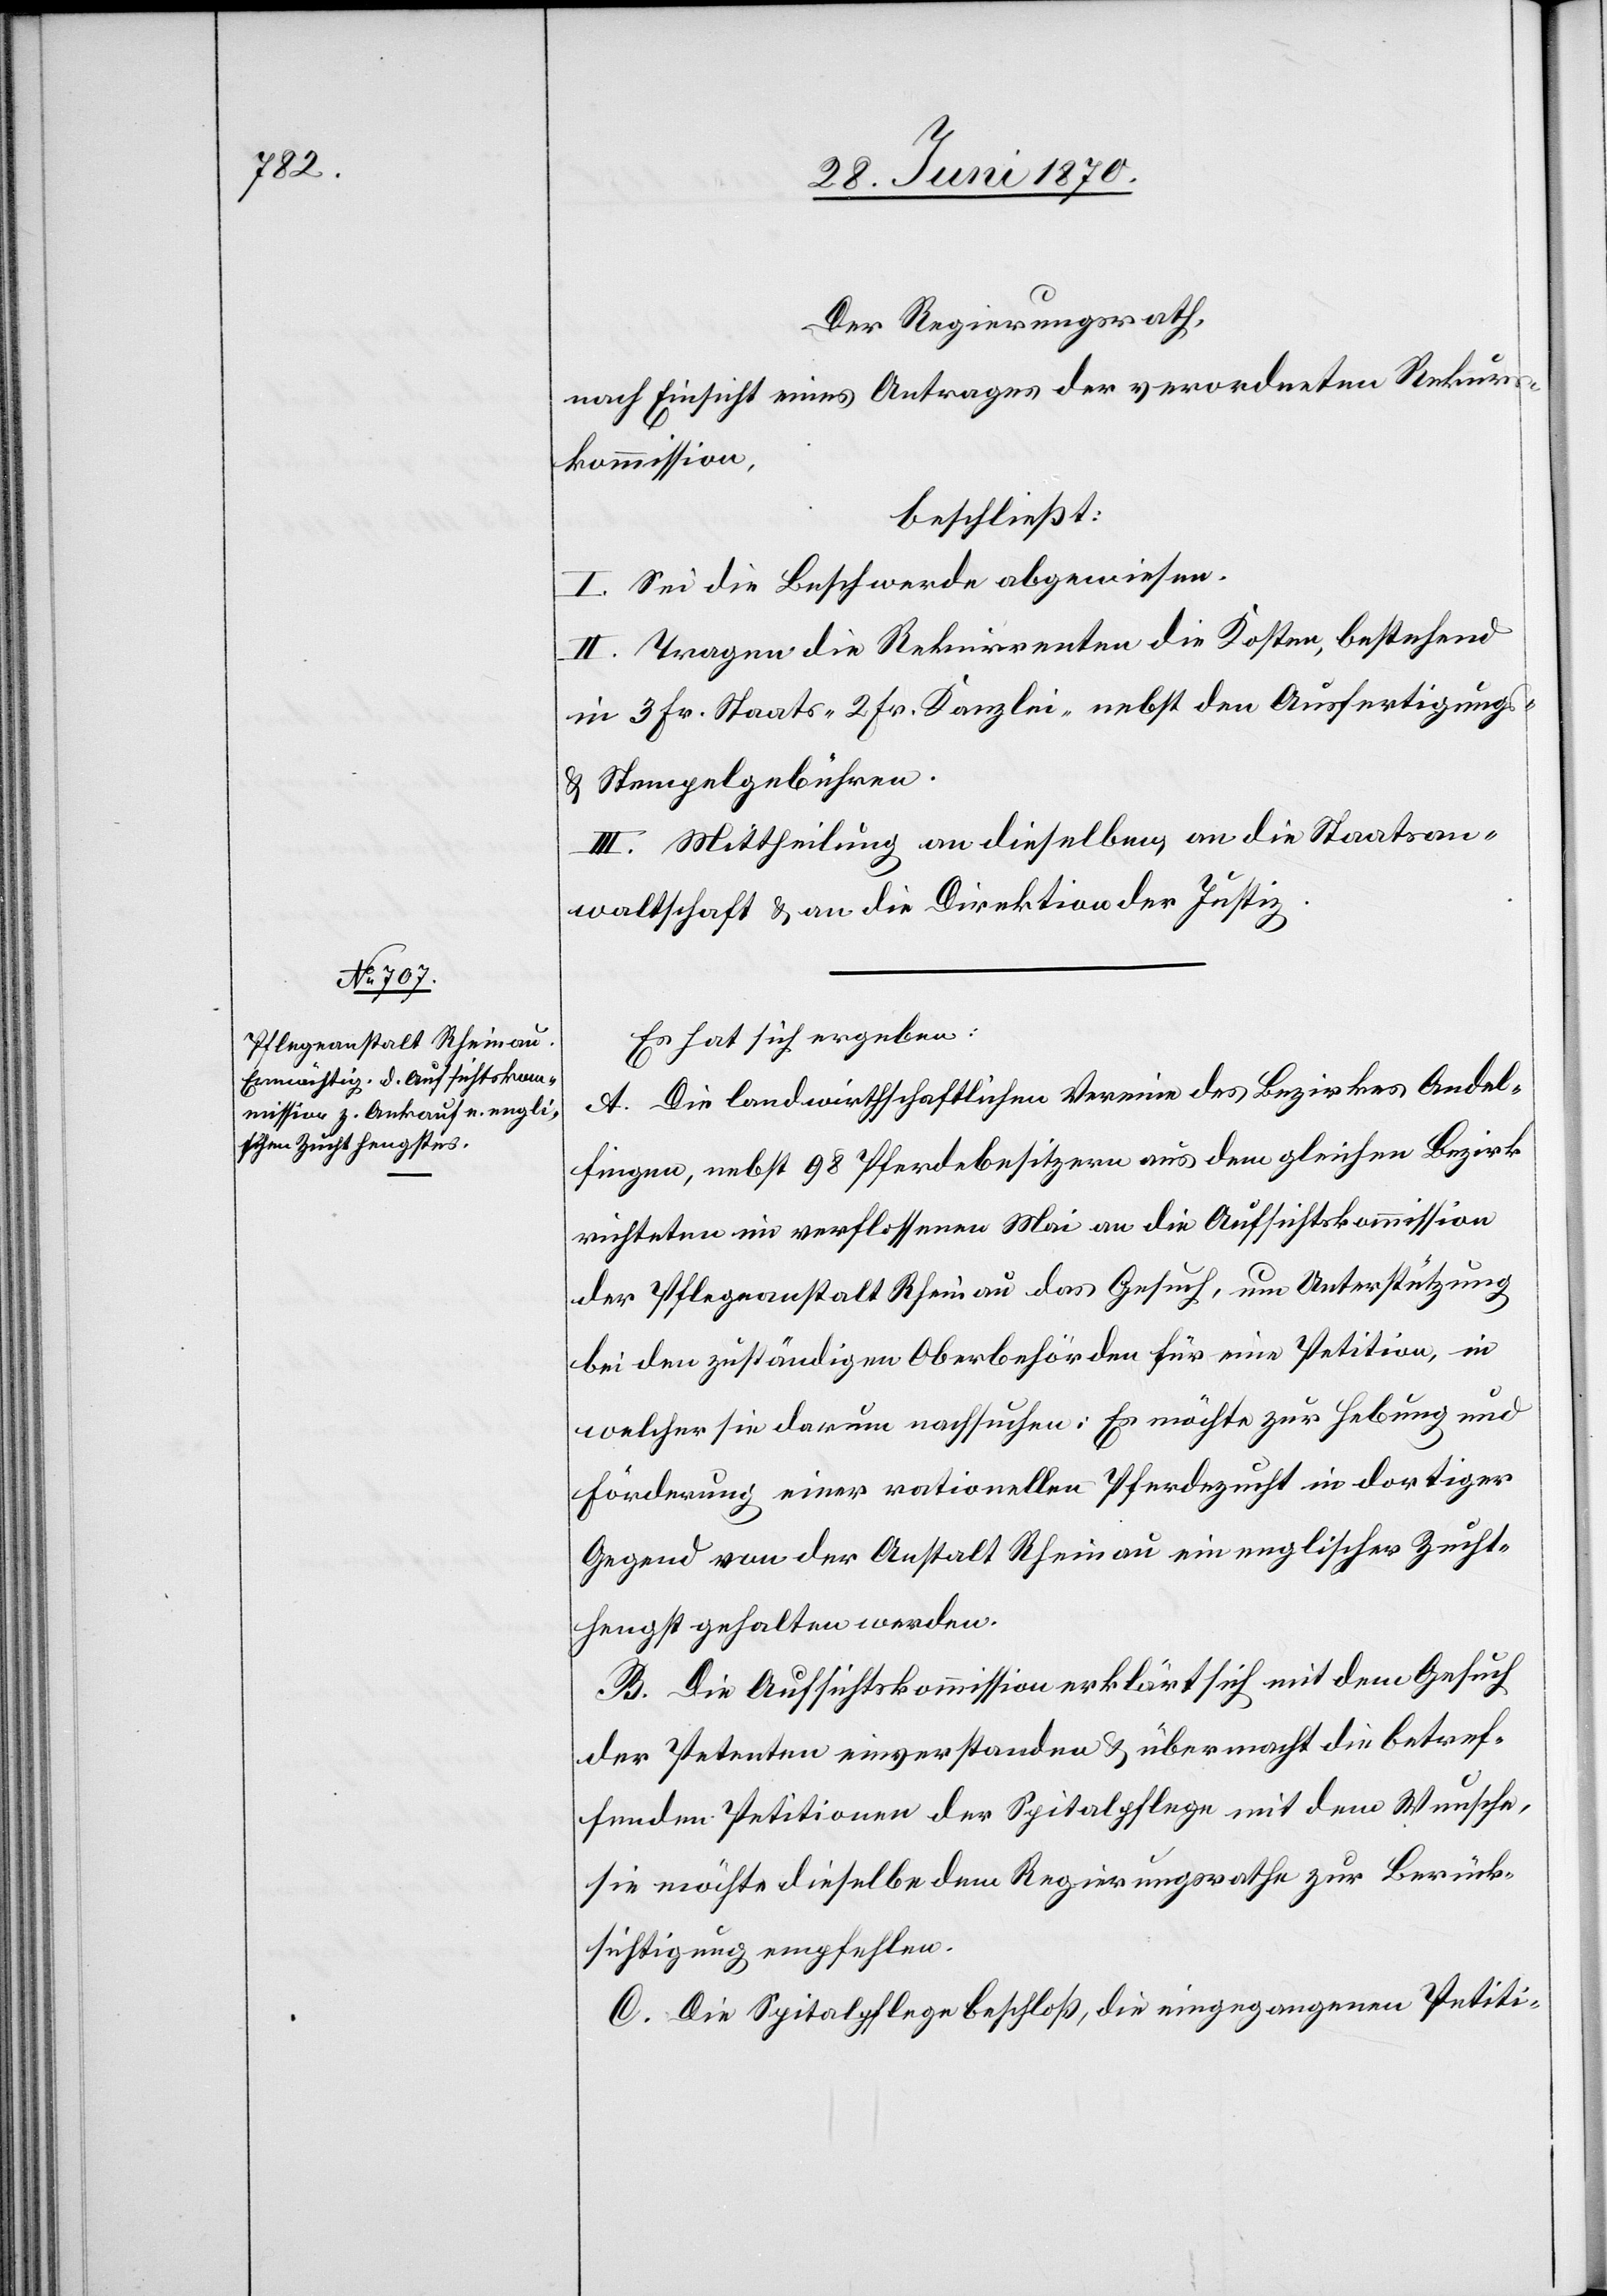
Der Regierungsrath,
nach Einsicht eines Antrages der verordneten Rekurs¬
kommission,
beschließt:
I. Sei die Beschwerde abgewiesen.
II. Tragen die Rekurrenten die Kosten, bestehend
in 3 Fr. Staats-[,] 2 Fr. Kanzlei- nebst den Ausfertigungs-
& Stempelgebühren.
III. Mittheilung an dieselben, an die Staatsan¬
waltschaft & an die Direktion der Justiz.
Es hat sich ergeben:
A. Die landwirthschaftlichen Vereine des Bezirkes Andel¬
fingen, nebst 98 Pferdebesitzern aus dem gleichen Bezirk
richteten im verflossenen Mai an die Aufsichtskommission
der Pflegeanstalt Rheinau das Gesuch, um Unterstützung
bei den zuständigen Oberbehörden für eine Petition, in
welcher sie darum nachsuchen: Es möchte zur Hebung und
Förderung einer rationellen Pferdezucht in dortiger
Gegend von der Anstalt Rheinau ein englischer Zucht¬
hengst gehalten werden.
B. Die Aufsichtskommission erklärt sich mit dem Gesuch
der Petenten einverstanden & übermacht die betref¬
fenden Petitionen der Spitalpflege mit dem Wunsche,
sie möchte dieselbe dem Regierungsrathe zur Berück¬
sichtigung empfehlen.
C. Die Spitalpflege beschloß, die eingegangenen Petiti-